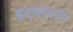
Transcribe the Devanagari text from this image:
हृदयसंगम